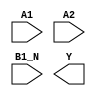
/**
 * Copyright 2020 The SkyWater PDK Authors
 *
 * Licensed under the Apache License, Version 2.0 (the "License");
 * you may not use this file except in compliance with the License.
 * You may obtain a copy of the License at
 *
 *     https://www.apache.org/licenses/LICENSE-2.0
 *
 * Unless required by applicable law or agreed to in writing, software
 * distributed under the License is distributed on an "AS IS" BASIS,
 * WITHOUT WARRANTIES OR CONDITIONS OF ANY KIND, either express or implied.
 * See the License for the specific language governing permissions and
 * limitations under the License.
 *
 * SPDX-License-Identifier: Apache-2.0
 */

`ifndef SKY130_FD_SC_LP__O21BAI_SYMBOL_V
`define SKY130_FD_SC_LP__O21BAI_SYMBOL_V

/**
 * o21bai: 2-input OR into first input of 2-input NAND, 2nd iput
 *         inverted.
 *
 *         Y = !((A1 | A2) & !B1_N)
 *
 * Verilog stub (without power pins) for graphical symbol definition
 * generation.
 *
 * WARNING: This file is autogenerated, do not modify directly!
 */

`timescale 1ns / 1ps
`default_nettype none

(* blackbox *)
module sky130_fd_sc_lp__o21bai (
    //# {{data|Data Signals}}
    input  A1  ,
    input  A2  ,
    input  B1_N,
    output Y
);

    // Voltage supply signals
    supply1 VPWR;
    supply0 VGND;
    supply1 VPB ;
    supply0 VNB ;

endmodule

`default_nettype wire
`endif  // SKY130_FD_SC_LP__O21BAI_SYMBOL_V